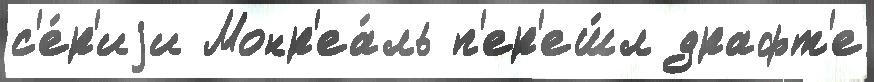
с'е́р'иjи Монр'еа́ль п'ер'еш́л драфт'е